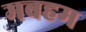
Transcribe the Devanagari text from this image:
मबहम